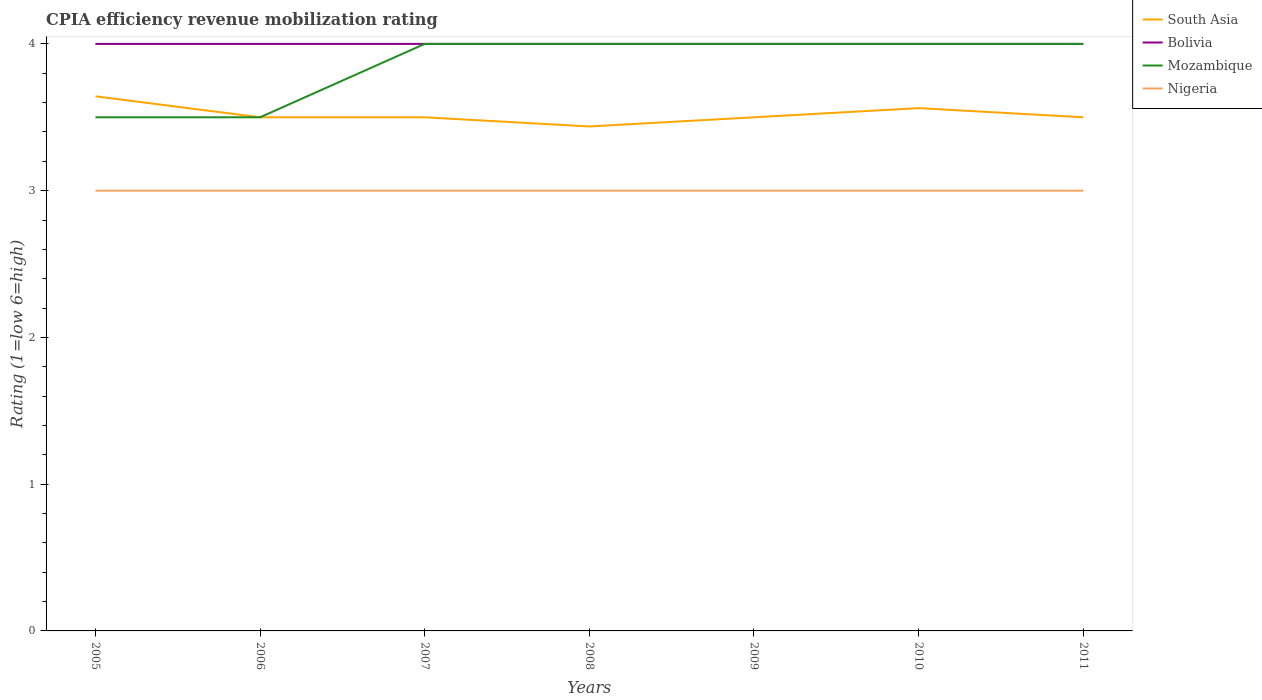
| Years | South Asia | Bolivia | Mozambique | Nigeria |
 | --- | --- | --- | --- | --- |
 | 2005 | 3.64 | 4 | 3.5 | 3 |
 | 2006 | 3.5 | 4 | 3.5 | 3 |
 | 2007 | 3.5 | 4 | 4 | 3 |
 | 2008 | 3.44 | 4 | 4 | 3 |
 | 2009 | 3.5 | 4 | 4 | 3 |
 | 2010 | 3.56 | 4 | 4 | 3 |
 | 2011 | 3.5 | 4 | 4 | 3 |